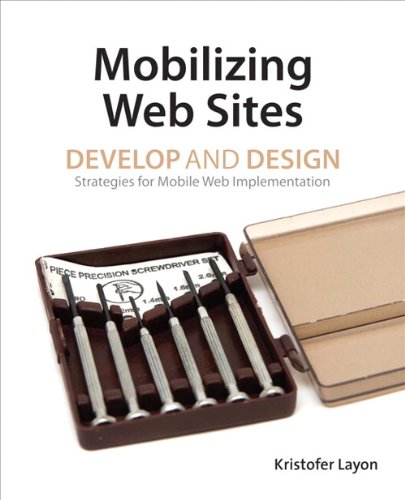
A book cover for Mobilizing Web Sites: Strategies for Mobile Web Implementation (Develop and Design); Kristofer Layon; Computers & Technology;